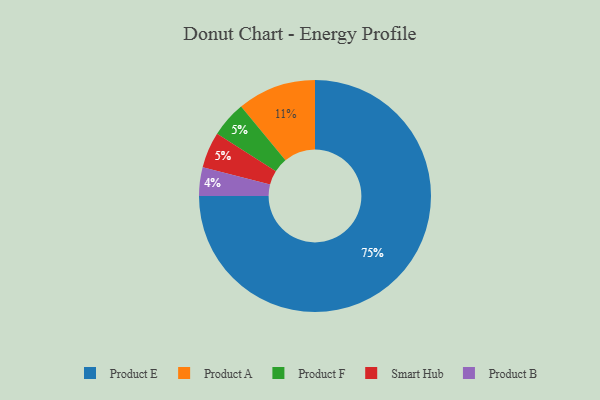
{"axis": {"x": "Category", "y": "Percentage"}, "legend": ["Product A", "Product B", "Product E", "Product F", "Smart Hub"], "data": [{"x": "Product F", "y": 5, "type": "Product F"}, {"x": "Product E", "y": 75, "type": "Product E"}, {"x": "Product A", "y": 11, "type": "Product A"}, {"x": "Product B", "y": 4, "type": "Product B"}, {"x": "Smart Hub", "y": 5, "type": "Smart Hub"}]}